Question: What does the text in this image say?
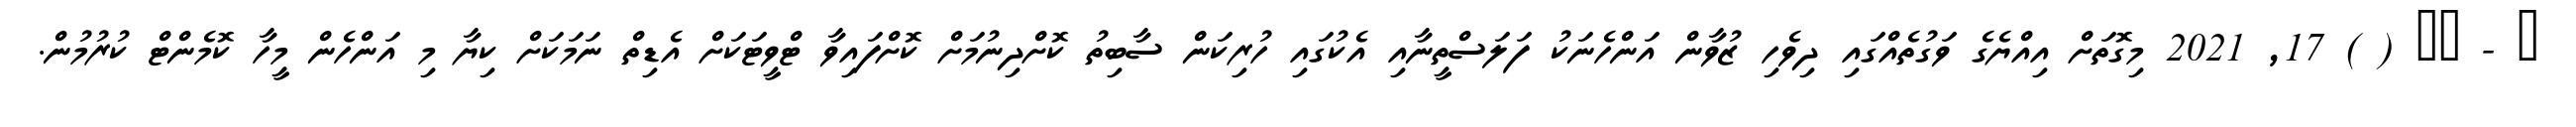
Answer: ? - ?? ( ) 17, 2021 މިގޮތަށް އިއްޔެގެ ވަގުތެއްގައި ދިވެހި ޒުވާން އަންހެނަކު ފަލަސްތީނާއި އެކުގައި ހުރިކަން ސާބިތު ކޮށްދިނުމަށް ކޮށްފައިވާ ޓްވީޓަކަށް އެޑިތް ނަމަކަށް ކިޔާ މި އަންހެން މީހާ ކޮމެންޓް ކުރުމުން.